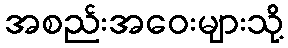
အစည်းအဝေးများသို့